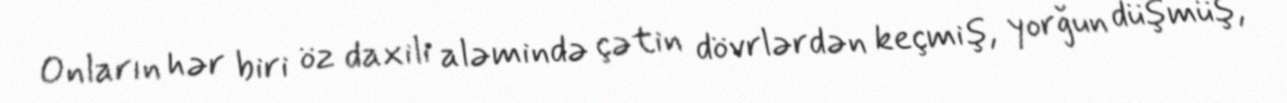
Onların hər biri öz daxili aləmində çətin dövrlərdən keçmiş, yorğun düşmüş,